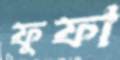
ফুফা